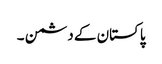
پاکستان کے دشمن ۔